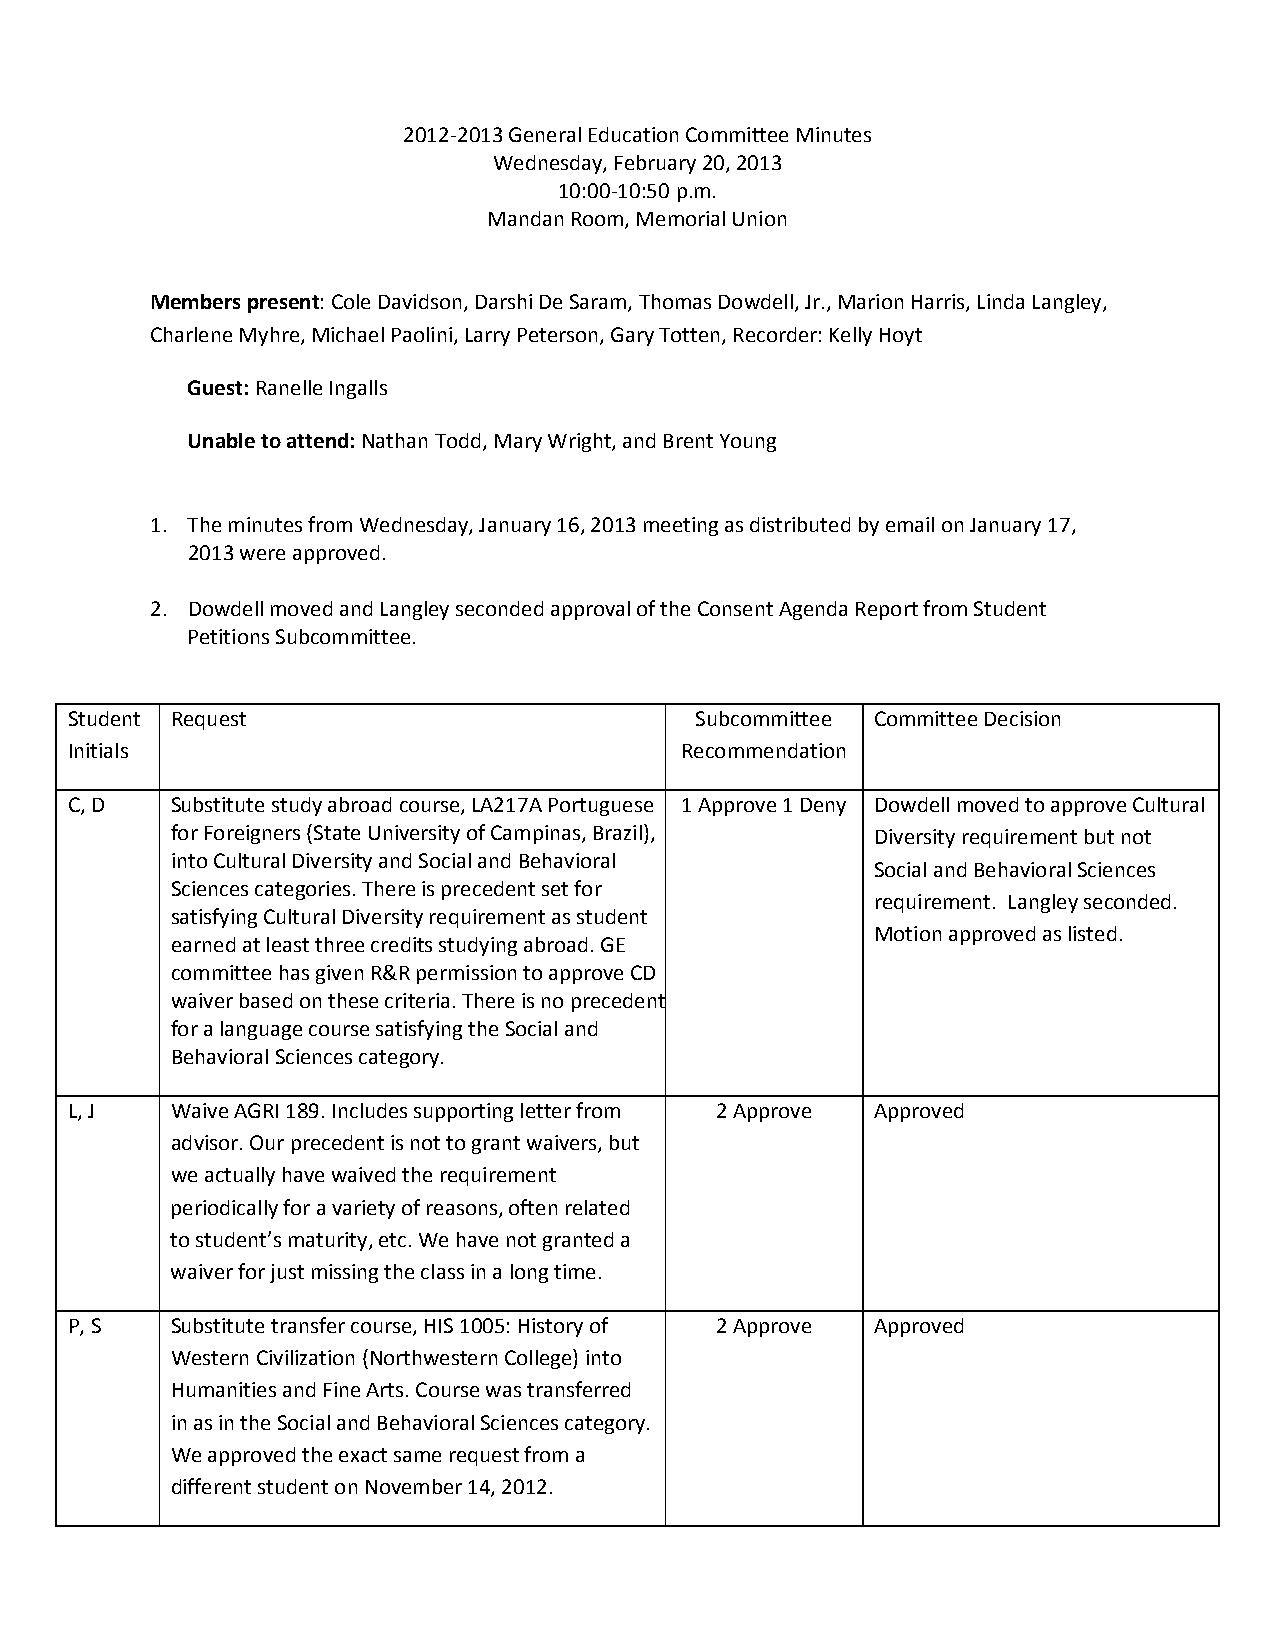
2012-2013 General Education Committee Minutes
 Wednesday, February 20, 2013
 10:00-10:50 p.m.
 Mandan Room, Memorial Union
 Members present: Cole Davidson, Darshi De Saram, Thomas Dowdell, Jr., Marion Harris, Linda Langley,
 Charlene Myhre, Michael Paolini, Larry Peterson, Gary Totten, Recorder: Kelly Hoyt
 Guest: Ranelle Ingalls
 Unable to attend: Nathan Todd, Mary Wright, and Brent Young
 1. The minutes from Wednesday, January 16, 2013 meeting as distributed by email on January 17,
 2013 were approved.
 2. Dowdell moved and Langley seconded approval of the Consent Agenda Report from Student
 Petitions Subcommittee.
 Student Request                           Subcommittee Committee Decision
 Initials                                 Recommendation
 C, D   Substitute study abroad course, LA217A Portuguese 1 Approve 1 Deny Dowdell moved to approve Cultural
 for Foreigners (State University of Campinas, Brazil), Diversity requirement but not
 into Cultural Diversity and Social and Behavioral
 Social and Behavioral Sciences
 Sciences categories. There is precedent set for
 requirement. Langley seconded.
 satisfying Cultural Diversity requirement as student
 Motion approved as listed.
 earned at least three credits studying abroad. GE
 committee has given R&R permission to approve CD
 waiver based on these criteria. There is no precedent
 for a language course satisfying the Social and
 Behavioral Sciences category.
 L, J   Waive AGRI 189. Includes supporting letter from 2 Approve Approved
 advisor. Our precedent is not to grant waivers, but
 we actually have waived the requirement
 periodically for a variety of reasons, often related
 to student’s maturity, etc. We have not granted a
 waiver for just missing the class in a long time.
 P, S   Substitute transfer course, HIS 1005: History of 2 Approve Approved
 Western Civilization (Northwestern College) into
 Humanities and Fine Arts. Course was transferred
 in as in the Social and Behavioral Sciences category.
 We approved the exact same request from a
 different student on November 14, 2012.